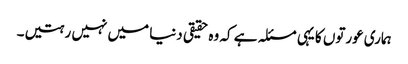
ہماری عورتوں کا یہی مسئلہ ہے کہ وہ حقیقی دنیا میں نہیں رہتیں۔